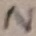
Text: N